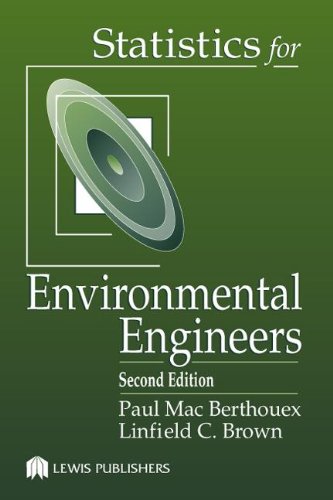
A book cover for Statistics for Environmental Engineers, Second Edition; Linfield C. Brown; Science & Math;